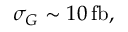
\sigma _ { G } \sim 1 0 \, \mathrm { f b } ,